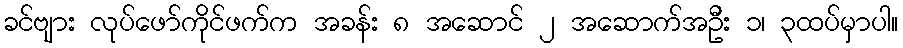
ခင်ဗျား လုပ်ဖော်ကိုင်ဖက်က အခန်း ၈ အဆောင် ၂ အဆောက်အဦး ၁၊ ၃ထပ်မှာပါ။